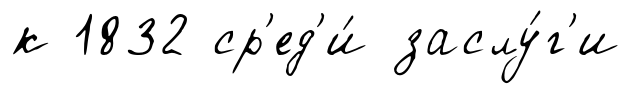
к 1832 ср'ед'и́ заслу́г'и